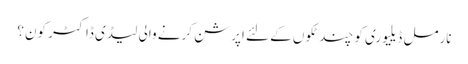
نارمل ڈیلیوری کو چند ٹکوں کے لئے اپرشن کرنے والی لیڈی ڈاکٹر کون؟